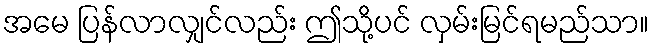
အမေ ပြန်လာလျှင်လည်း ဤသို့ပင် လှမ်းမြင်ရမည်သာ။